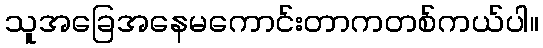
သူအခြေအနေမကောင်းတာကတစ်ကယ်ပါ။